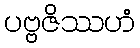
ပဗ္ဗဇိဿဟံ